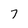
Character: 7